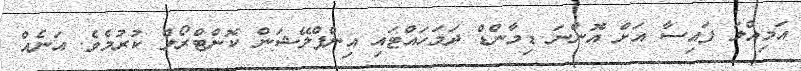
އަމިއްލަ ފައިސާ އަށް އޮންނަ ޑިމާންޑް ދަމަހައްޓައި އިންފްލޭޝަން ކޮންޓްރޯލް ކުރުމެވެ. އަނެއް